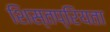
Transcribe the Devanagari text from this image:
शिस्तप्रियता